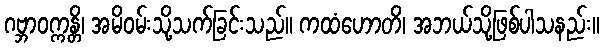
ဂဗ္ဘာဝက္ကန္တိ၊ အမိဝမ်းသို့သက်ခြင်းသည်။ ကထံဟောတိ၊ အဘယ်သို့ဖြစ်ပါသနည်း။